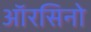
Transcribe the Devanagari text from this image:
ऑरसिनो